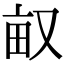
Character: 𠭇